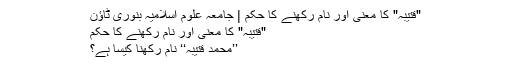
"قتیبہ" کا معنی اور نام رکھنے کا حکم | جامعہ علوم اسلامیہ بنوری ٹاؤن
"قتیبہ" کا معنی اور نام رکھنے کا حکم
’’محمد قتیبہ‘‘ نام رکھنا کیسا ہے؟